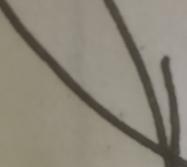
Signature authenticity: forged